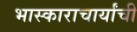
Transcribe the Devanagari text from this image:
भास्काराचार्यांची